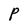
Character: P